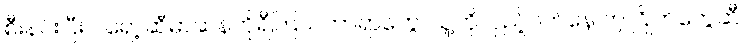
စီးနင်းပြီး ပရော့ဆီမာဆန်တိုရီကြယ်တာရာတွေ၊ သူ့ကိုလှည့်ပတ်နေ တဲ့ ဂြိုဟ်တွေဆီ